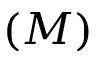
( M )